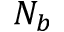
N _ { b }